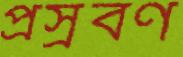
প্রস্রবণ